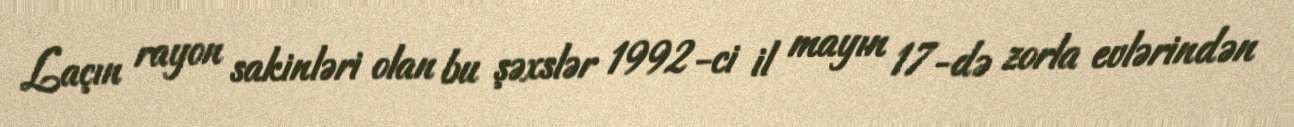
Laçın rayon sakinləri olan bu şəxslər 1992-ci il mayın 17-də zorla evlərindən